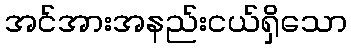
အင်အားအနည်းငယ်ရှိသော